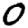
Digit: 0